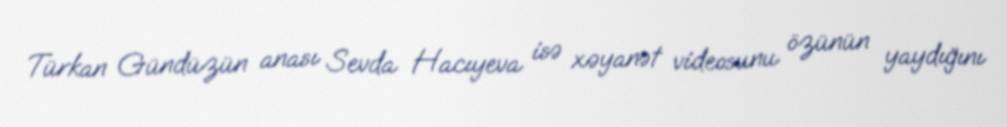
Türkan Gündüzün anası Sevda Hacıyeva isə xəyanət videosunu özünün yaydığını